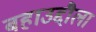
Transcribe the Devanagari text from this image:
बहाउद्दौला